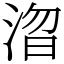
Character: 㳷